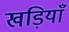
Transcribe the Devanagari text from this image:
खड़ियाँ